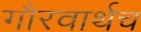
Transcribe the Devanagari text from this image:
गौरवार्थच